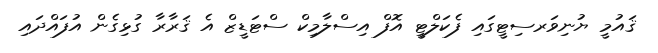
ޤައުމީ ޔުނިވަރސިޓީގައި ފެކަލްޓީ އޮފް އިސްލާމިކް ސްޓަޑީޒް އެ ޤަރާރާ ގުޅިގެން އުފައްދައި